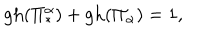
\mathrm { g h } ( \Pi _ { * } ^ { \alpha } ) + \mathrm { g h } ( \Pi _ { \alpha } ) = 1 ,